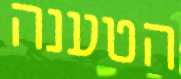
הטענה